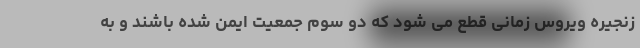
زنجیره ویروس زمانی قطع می شود که دو سوم جمعیت ایمن شده باشند و به